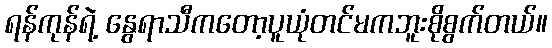
ရန်ကုန်ရဲ့ နွေရာသီကတော့ပူယုံတင်မကဘူးစိုစွက်တယ်။